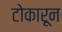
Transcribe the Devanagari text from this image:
टोकारून